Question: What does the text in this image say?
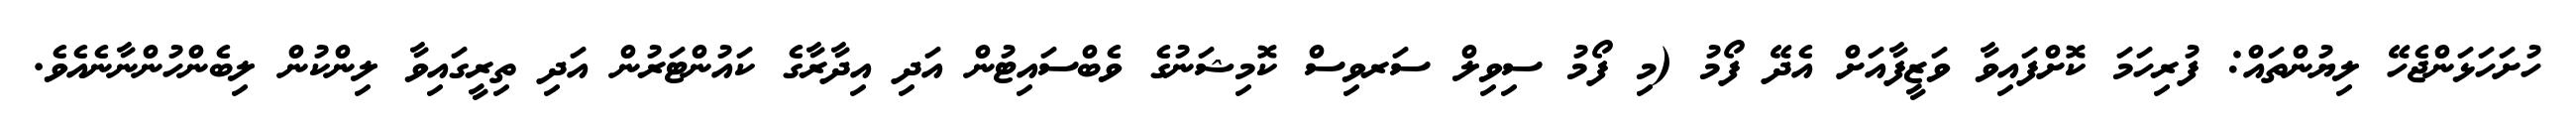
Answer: ހުށަހަޅަންޖެހޭ ލިޔުންތައް: ފުރިހަމަ ކޮށްފައިވާ ވަޒީފާއަށް އެދޭ ފޯމު (މި ފޯމު ސިވިލް ސަރވިސް ކޮމިޝަނުގެ ވެބްސައިޓުން އަދި އިދާރާގެ ކައުންޓަރުން އަދި ތިރީގައިވާ ލިންކުން ލިބެންހުންނާނެއެވެ.